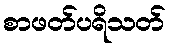
စာဖတ်ပရိသတ်